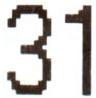
31